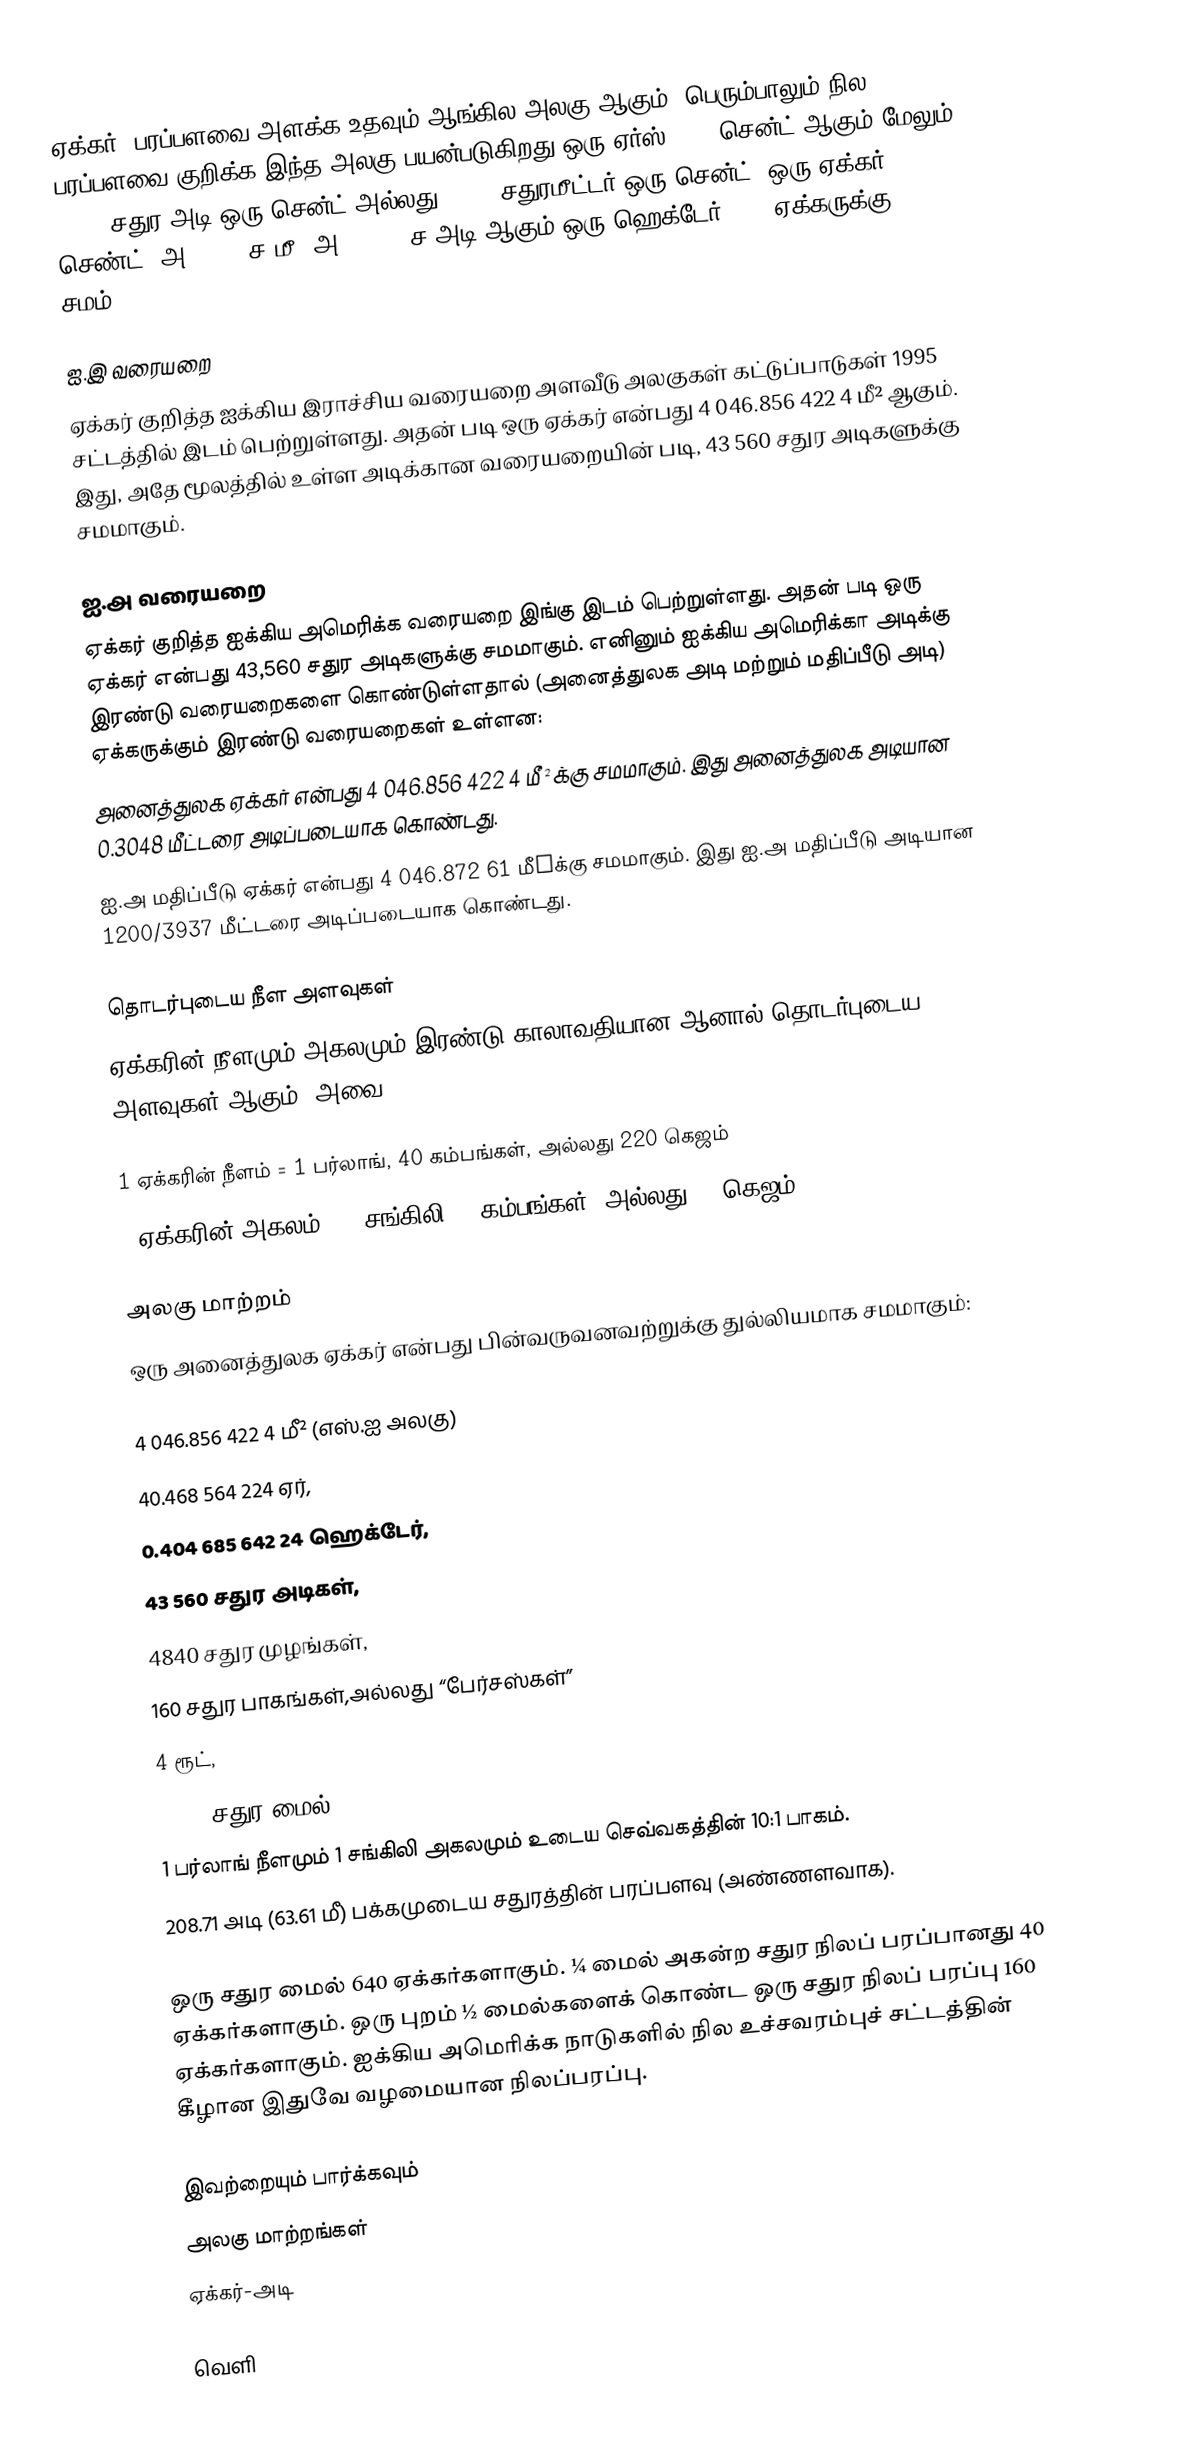
ஏக்கர், பரப்பளவை அளக்க உதவும் ஆங்கில அலகு ஆகும். பெரும்பாலும் நில பரப்பளவை குறிக்க இந்த அலகு பயன்படுகிறது.ஒரு ஏர்ஸ் 2.47 சென்ட் ஆகும்.மேலும் 435.6 சதுர அடி ஒரு சென்ட் அல்லது 40.47 சதுரமீட்டர் ஒரு சென்ட் ,ஒரு ஏக்கர் 100 செண்ட் (அ) 4047 ச.மீ (அ) 43560 ச.அடி ஆகும்.ஒரு ஹெக்டேர் 2.47 ஏக்கருக்கு சமம்.

ஐ.இ வரையறை
ஏக்கர் குறித்த ஐக்கிய இராச்சிய வரையறை அளவீடு அலகுகள் கட்டுப்பாடுகள் 1995 சட்டத்தில் இடம் பெற்றுள்ளது. அதன் படி ஒரு ஏக்கர் என்பது 4 046.856 422 4 மீ² ஆகும். இது, அதே மூலத்தில் உள்ள அடிக்கான வரையறையின் படி, 43 560 சதுர அடிகளுக்கு சமமாகும்.

ஐ.அ வரையறை
ஏக்கர் குறித்த ஐக்கிய அமெரிக்க வரையறை இங்கு  இடம் பெற்றுள்ளது. அதன் படி ஒரு ஏக்கர் என்பது 43,560 சதுர அடிகளுக்கு சமமாகும். எனினும் ஐக்கிய அமெரிக்கா அடிக்கு இரண்டு வரையறைகளை கொண்டுள்ளதால் (அனைத்துலக அடி மற்றும் மதிப்பீடு அடி) ஏக்கருக்கும் இரண்டு வரையறைகள் உள்ளன:
 அனைத்துலக ஏக்கர் என்பது 4 046.856 422 4 மீ²க்கு சமமாகும். இது அனைத்துலக அடியான 0.3048 மீட்டரை அடிப்படையாக கொண்டது.
 ஐ.அ மதிப்பீடு ஏக்கர் என்பது 4 046.872 61 மீ²க்கு சமமாகும். இது ஐ.அ மதிப்பீடு அடியான 1200/3937 மீட்டரை அடிப்படையாக கொண்டது.

தொடர்புடைய நீள அளவுகள்
ஏக்கரின் நீளமும் அகலமும் இரண்டு காலாவதியான ஆனால் தொடர்புடைய அளவுகள் ஆகும். அவை,

 1 ஏக்கரின் நீளம் = 1 பர்லாங், 40 கம்பங்கள், அல்லது 220 கெஜம்
 1 ஏக்கரின் அகலம் = 1 சங்கிலி, 4 கம்பங்கள், அல்லது 22 கெஜம்

அலகு மாற்றம்
ஒரு அனைத்துலக ஏக்கர் என்பது பின்வருவனவற்றுக்கு துல்லியமாக சமமாகும்:

 4 046.856 422 4 மீ² (எஸ்.ஐ அலகு)
 40.468 564 224 ஏர்,
 0.404 685 642 24 ஹெக்டேர்,
 43 560 சதுர அடிகள்,
 4840 சதுர முழங்கள்,
 160 சதுர பாகங்கள்,அல்லது “பேர்சஸ்கள்”
 4 ரூட்,
 1/640 சதுர மைல்,
 1 பர்லாங் நீளமும் 1 சங்கிலி அகலமும் உடைய செவ்வகத்தின் 10:1 பாகம்.
 208.71 அடி (63.61 மீ) பக்கமுடைய சதுரத்தின் பரப்பளவு (அண்ணளவாக).

ஒரு சதுர மைல் 640 ஏக்கர்களாகும். ¼ மைல் அகன்ற சதுர நிலப் பரப்பானது 40 ஏக்கர்களாகும். ஒரு புறம் ½ மைல்களைக் கொண்ட ஒரு சதுர நிலப் பரப்பு 160 ஏக்கர்களாகும். ஐக்கிய அமெரிக்க நாடுகளில் நில உச்சவரம்புச் சட்டத்தின் கீழான இதுவே வழமையான நிலப்பரப்பு.

இவற்றையும் பார்க்கவும்
 அலகு மாற்றங்கள்
 ஏக்கர்-அடி

வெளி